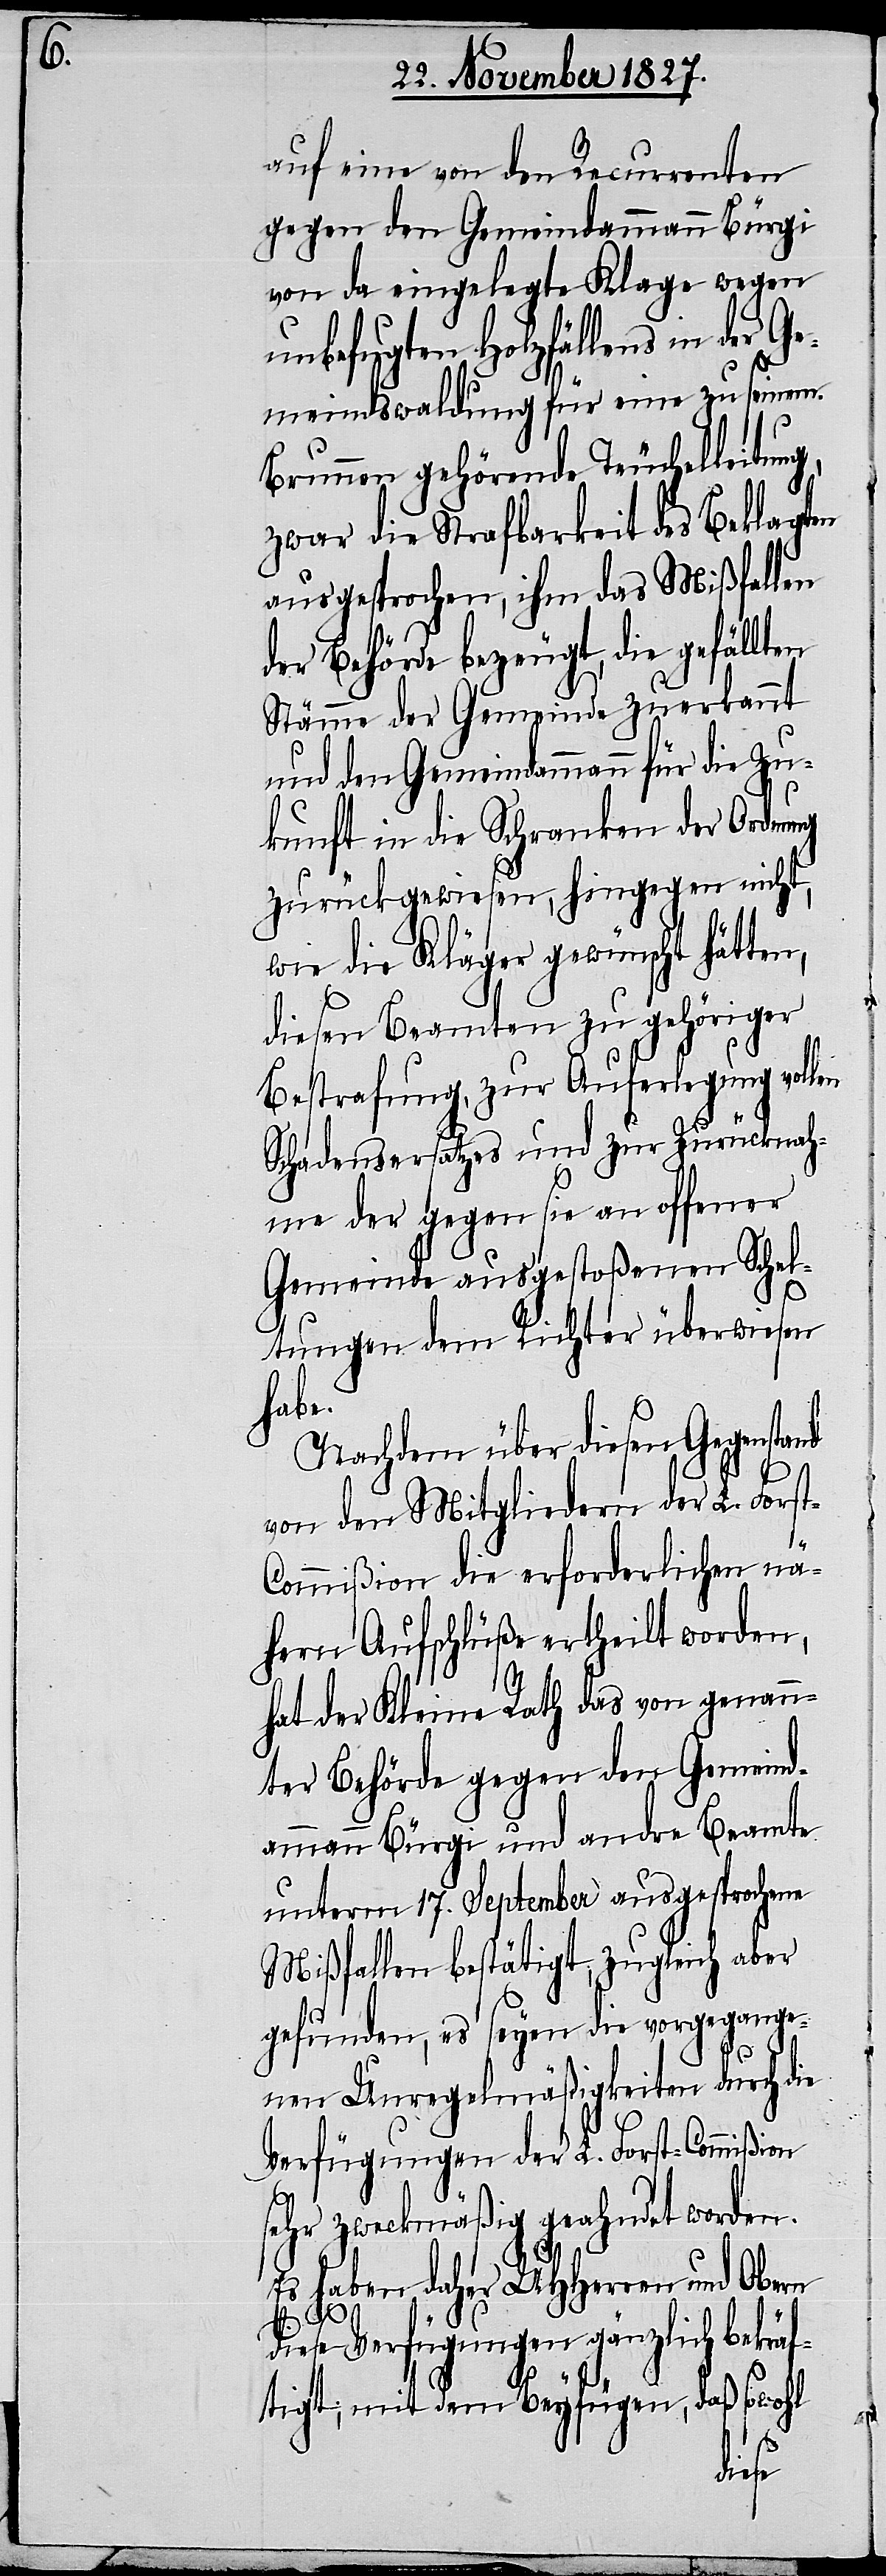
auf eine von den Recurrenten
gegen den Gemeindammann Bürgi
von da eingelegte Klage wegen
unbefugten Holzfällens in der G¬
emeindswaldung für eine zu seinem
Brunnen gehörende Teuchelleitung,
zwar die Strafbarkeit des Beklagten
ausgesprochen, ihm das Mißfallen
der Behörde bezeugt, die gefällt¬
Stämme der Gemeinde zuerkannt
und den Gemeindammann für die Zu¬
kunft in die Schranken der Ordnung
zurückgewiesen, hingegen nicht,
wie die Kläger gewünscht hätte¬
diesen Beamten zu gehöriger
Bestrafung, zur Auferlegung vollen
Schadensersatzes und zur Zurücknah¬
me der gegen sie an offener
Gemeinde ausgestoßenen Schel¬
tungen dem Richter überwiesen
habe.
Nachdem über diesen Gegenstand
von den Mitgliedern der L. Fors¬
ommißion die erforderlichen nä¬
hern Aufschlüße ertheilt worden,
hat der Kleine Rath das von genann¬
ter Behörde gegen den Gemeind¬
ammann Bürgi und andre Beamte
unterm 17. September ausgesprochene
Mißfallen bestätigt, zugleich aber
gefunden, es seyen die vorgegange¬
t-C¬
nen Unregelmäßigkeiten durch die
Verfügungen der L. Forst-Commißi¬
sehr zweckmäßig geahndet worden.
Es haben daher UHHerren und Obern
diese Verfügungen gänzlich bekrä¬
ftigt, mit dem Beyfügen, daß sowohl
on